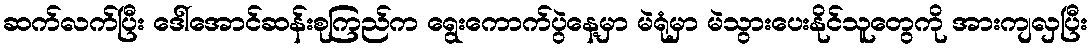
ဆက်လက်ပြီး ဒေါ်အောင်ဆန်းစုကြည်က ရွေးကောက်ပွဲနေ့မှာ မဲရုံမှာ မဲသွားပေးနိုင်သူတွေကို အားကျလှပြီး